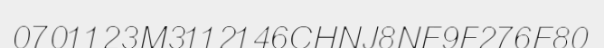
0701123M3112146CHNJ8NE9F276E80